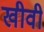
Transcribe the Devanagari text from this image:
खीवी